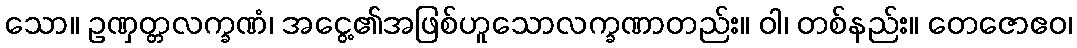
သော။ ဥဏှတ္တလက္ခဏံ၊ အငွေ့၏အဖြစ်ဟူသောလက္ခဏာတည်း။ ဝါ၊ တစ်နည်း။ တေဇောဧဝ၊